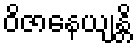
ဝိဇာနေယျန္တိ